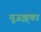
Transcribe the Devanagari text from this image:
यूजझ्‌का